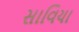
સાવિયા